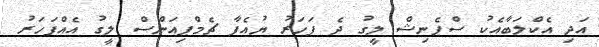
އަދި އެކްލަބާއެކު ސްޕެނިޝް ލީގު ދެ ފަހަރު ޔުއެފާ ޗެމްޕިއަންސް ލީގު އެއްފަހަރު